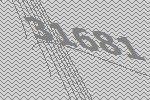
31681